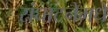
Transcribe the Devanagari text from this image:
संघाटनेमधे